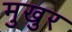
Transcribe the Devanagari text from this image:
मुखुर